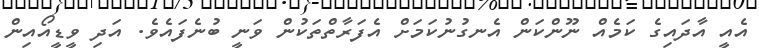
އެއީ އާދައިގެ ކަމެއް ނޫންކަން އެނގުނުކަމަށް އެފަރާތްތަކުން ވަނީ ބުނެފައެވެ. އަދި ވީޑީއޯއިން